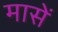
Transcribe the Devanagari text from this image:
मासें